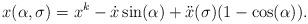
LaTeX: \begin{align*}x(\alpha,\sigma) = x^k - \dot{x}\sin(\alpha)+\ddot{x}(\sigma) (1-\cos(\alpha)).\end{align*}